Civil Veterinary Department Bihar reports 1940-50 - 1940-1950
Year: 1940
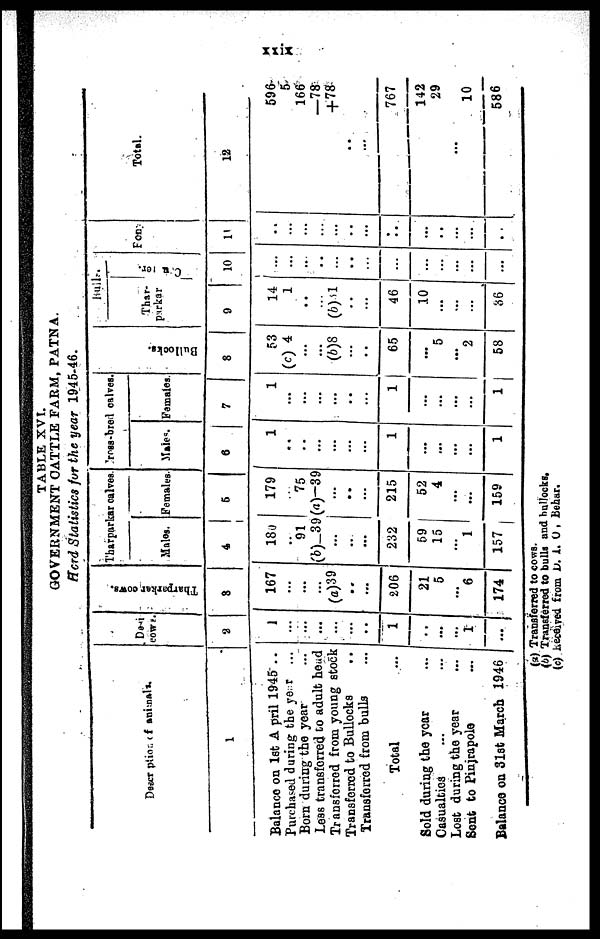
xxix
TABLE XVI.
GOVERNMENT CATTLE FARM, PATNA
Hord Statistics for the year 1945-46.
Dascription of animals.
1
Balance on 1st April 1945 ..
Purchased during the year ...
Born during the year ...
Less transferred to adult head
Transferred from young stock
Transferred to Bullocks ..
Transferred from bulls ...
Total ...
Sold during the year
...
Casualties
...
...
Lost during the year ...
Sent to Pinjrapole ...
Balance on 31st March 1946
Desi
cows.
2
1
...
...
...
...
...
...
1
..
...
...
1
...
Tharparkar cows.
3
167
...
...
...
(a)39
..
...
206
21
5
...
6
174
Tharparkar calves.
Males.
4
180
..
91
(b)-39
...
..
...
232
59
15
...
1
157
Females.
5
179
...
75
(a)-39
...
..
...
215
52
4
...
...
159
ross-bred
calves
Males
6
1
..
...
...
...
...
...
1
...
...
...
...
1
Famales
7
1
...
...
...
...
...
...
1
...
...
...
...
1
Bullocks.
8
53
(c) 4
...
...
(6)8
...
...
65
...
5
...
2
58
Bulls.
Thar-
parkar
9
14
1
..
...
(b) 61
...
...
46
10
...
...
...
36
C u ier.
10
...
...
...
..
...
..
...
...
...
...
...
...
...
Fon
11
..
...
...
...
...
...
...
...
...
...
...
...
...
Total.
12
596
5
166
—78
+78
..
...
767
142
29
...
10
586
(a) Transferred to cows.
(b) Transferred to bulls and bullocks.
(c) Received from D. I. O, Behar.